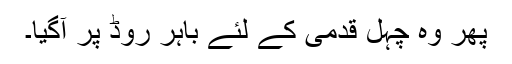
پھر وہ چہل قدمی کے لئے باہر روڈ پر آگیا۔